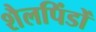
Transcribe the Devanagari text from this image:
शैलपिंडों